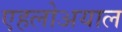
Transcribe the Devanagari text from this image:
एहलोअयाल